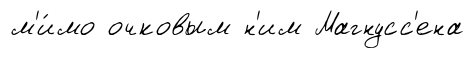
м'и́мо очковым н'им Магнусс'ена